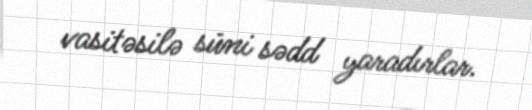
vasitəsilə süni sədd yaradırlar.